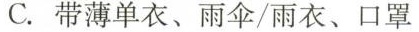
C.带薄单衣、雨伞/雨衣、口罩